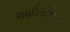
આઈફોનના